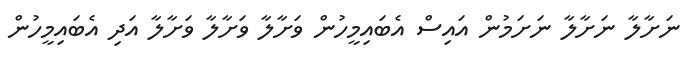
ނަށާލާ ނަށާލާ ނަށަމުން އައިސް އެބައިމީހުން ވަށާލާ ވަށާލާ ވަށާލާ އަދި އެބައިމީހުން